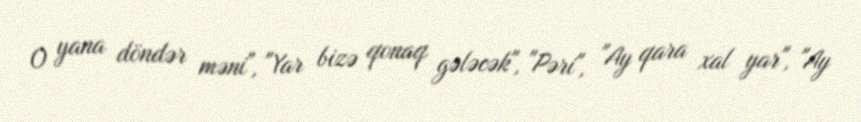
O yana döndər məni", "Yar bizə qonaq gələcək", "Pəri", "Ay qara xal yar", "Ay